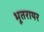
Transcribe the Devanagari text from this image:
भूतरायर